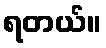
ရတယ်။